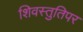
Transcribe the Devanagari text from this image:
शिवस्तुतिपर